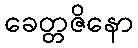
ခေတ္တဇိနော